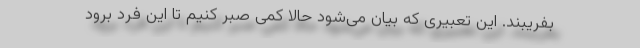
بفریبند. این تعبیری که بیان می‌شود حالا کمی صبر کنیم تا این فرد برود